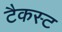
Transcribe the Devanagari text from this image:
टैकस्ट